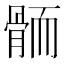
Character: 𱅭